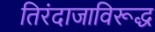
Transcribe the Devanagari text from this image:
तिरंदाजाविरूद्ध